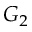
G _ { 2 }